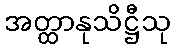
အတ္ထာနုသိဋ္ဌီသု